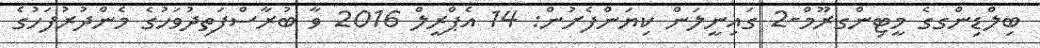
ބިލްޑިންގގެ މީޓިންގރޫމް-2 ގައިނީލަން ކިޔަންފެށުން: 14 އެޕްރީލް 2016 ވާ ބުރާސްފަތިދުވަހުގެ މެންދުރުފަހުގެ